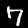
Digit: 7